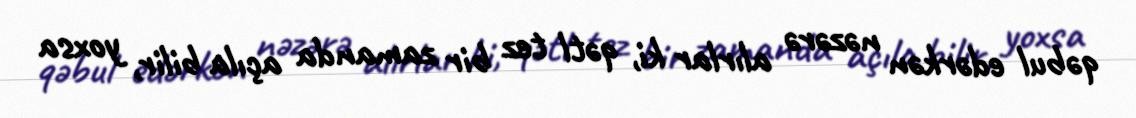
qəbul edərkən nəzərə alırlar ki, qətl tez bir zamanda açıla bilir, yoxsa